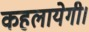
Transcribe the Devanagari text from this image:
कहलायेगी।